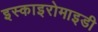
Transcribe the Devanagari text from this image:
इस्काइरोमाइडी